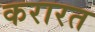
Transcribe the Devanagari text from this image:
करारत